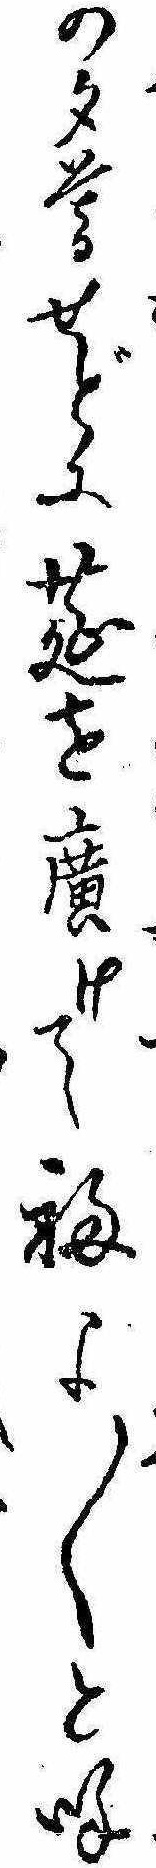
の夕暮せどに莚を広けて福よ〱と呼